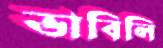
ভাবিলি